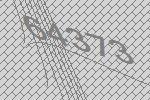
64373